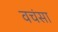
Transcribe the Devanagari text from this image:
वचंसा